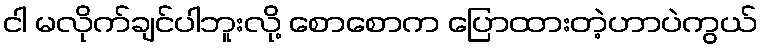
ငါ မလိုက်ချင်ပါဘူးလို့ စောစောက ပြောထားတဲ့ဟာပဲကွယ်